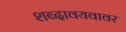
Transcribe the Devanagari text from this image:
शब्दावयवावर